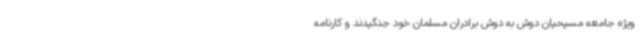
ویژه جامعه مسیحیان دوش به دوش برادران مسلمان خود جنگیدند و کارنامه